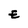
Character: E